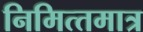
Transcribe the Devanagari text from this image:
निमित्‍तमात्र